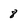
Character: 8